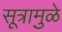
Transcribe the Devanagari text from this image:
सूत्रामुळे